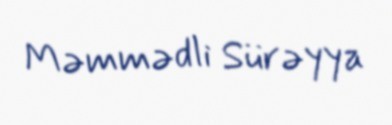
Məmmədli Sürəyya